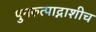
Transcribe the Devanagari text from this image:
पुनरुत्पाद्नाशीच